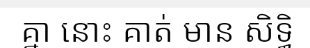
គ្នា នោះ គាត់ មាន សិទ្ធិ